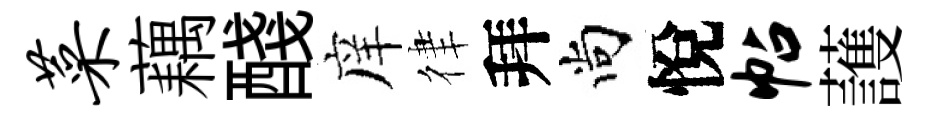
菜藕醆庠律拜尚悅帖䕶